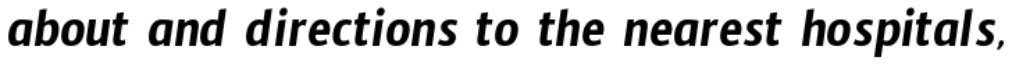
about and directions to the nearest hospitals,